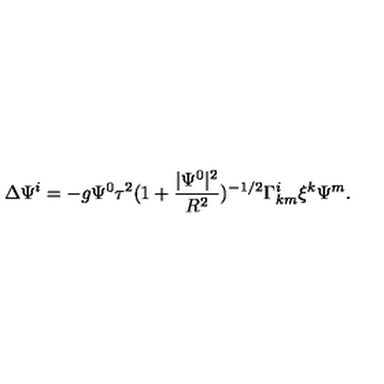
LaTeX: \Delta \Psi ^ { i } = - g \Psi ^ { 0 } \tau ^ { 2 } ( 1 + \frac { | \Psi ^ { 0 } | ^ { 2 } } { R ^ { 2 } } ) ^ { - 1 / 2 } \Gamma _ { k m } ^ { i } \xi ^ { k } \Psi ^ { m } .